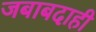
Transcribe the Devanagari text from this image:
जबाबदाही